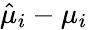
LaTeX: \hat{\mu}_{i}-\mu_{i}